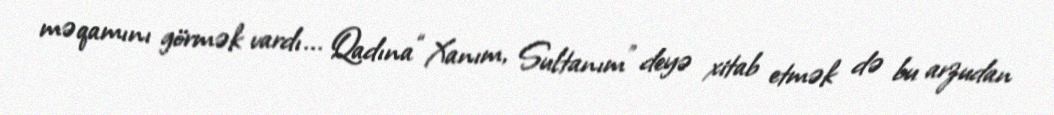
məqamını görmək vardı... Qadına “Xanım, Sultanım” deyə xitab etmək də bu arzudan